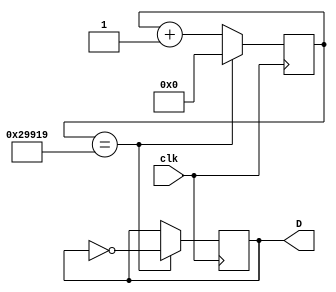
module D(clk, D);
	 input clk;
	 output reg D;
	 
	 reg [17:0] count;
	 initial D = 1'b0;
	 
	 always@ (posedge clk)
	 begin
		count <= count + 1'b1;
		
		if (count == 170265)
		begin
			D <= !D;
			count <= 0;
		end
	 end


endmodule